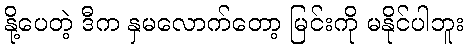
နို့ပေတဲ့ ဒီက နှမလောက်တော့ မြင်းကို မနိုင်ပါဘူး